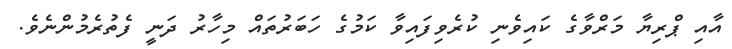
އާއި ޕްރިޔާ މަރްވާގެ ކައިވެނި ކުރެވިފައިވާ ކަމުގެ ހަބަރުތައް މިހާރު ދަނީ ފެތުރެމުންނެވެ.